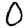
Digit: 0